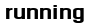
running